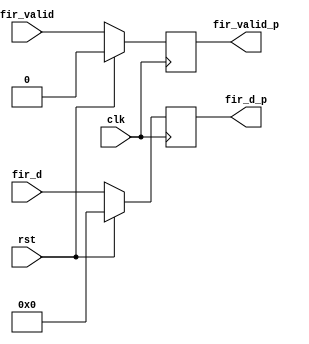
module fir_sipo(
    input fir_valid , clk , rst,
    input [15:0] fir_d,

    output reg fir_valid_p,
    output reg [15:0] fir_d_p
);

always @ (posedge clk) begin 
    if(rst) begin 
        fir_valid_p <= 0;
        fir_d_p <= 0;
    end else begin 
        fir_valid_p <= fir_valid;
        fir_d_p <= fir_d;
    end
end

endmodule